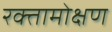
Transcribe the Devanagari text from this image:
रक्तामोक्षण